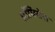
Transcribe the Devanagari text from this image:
प्रॉमिसेस